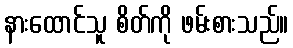
နားထောင်သူ စိတ်ကို ဖမ်းစားသည်။